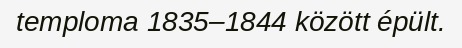
temploma 1835–1844 között épült.